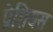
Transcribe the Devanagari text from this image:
प्रेशियस